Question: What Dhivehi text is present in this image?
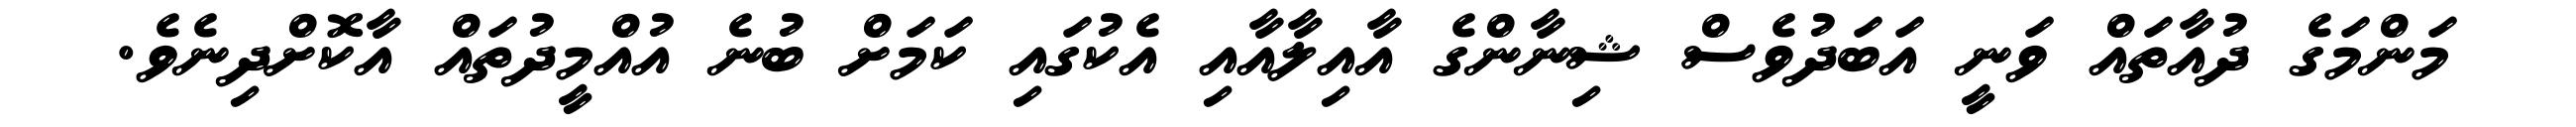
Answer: މަންމަގެ ދުއާތައް ވަނީ އަބަދުވެސް ޝިނާންގެ އާއިލާއާއި އެކުގައި ކަމަށް ބުނެ އުއްމީދުތައް އާކޮށްދިނެވެ.